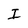
Character: I